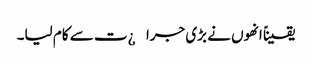
یقیناً انھوں نے بڑی جرا¿ت سے کام لیا۔